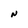
Character: N